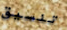
تنسيق